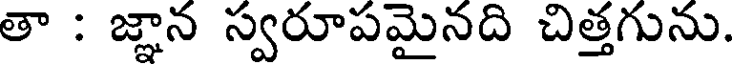
తా : జ్ఞాన స్వరూపమైనది చిత్తగును.